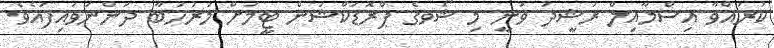
ކުރައްވާ އިސްމާއިލް ރަޝީދު ވަނީ މި ޝޯވގެ ޕްރޮޑަކްޝަން ޓީމަށް މަރުހަބާ ދަންނަވައިފައެވެ.